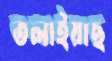
তলাইয়াছ